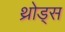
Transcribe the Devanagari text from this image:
थ्रोड्स